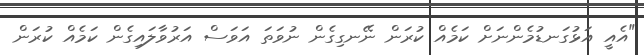
"އެއީ އަޅުގަނޑުމެންނަށް ކަމެއް ކުރަން ނޭނގިގެން ނުވަތަ އަވަސް އަރުވާލައިގެން ކަމެއް ކުރަން